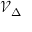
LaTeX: { \mathcal { V } } _ { \Delta }